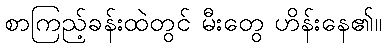
စာကြည့်ခန်းထဲတွင် မီးတွေ ဟိန်းနေ၏။